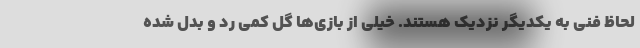
لحاظ فنی به یکدیگر نزدیک هستند. خیلی از بازی‌ها گل کمی رد و بدل شده